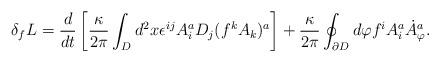
LaTeX: \begin{align*}\delta_f L = \frac{d}{dt} \left[\frac{\kappa}{2 \pi} \int_{D} d^2 x \epsilon^{ij} A_i^a D_j(f^kA_k)^a\right]+\frac{\kappa}{2 \pi} \oint_{\partial{D}} d \varphi f^iA^a_i{\dot A}^a_\varphi.\end{align*}